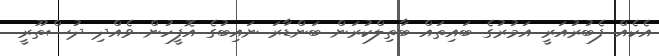
އެކެއް ފެބުރުއަރީ އަމުރުގެ ބައިތައް ބާތިލްކުރަން ބަންޑާރަ ނައިބުގެ އޮފީހުން ވެއްދި ދުސްތޫރީ